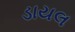
ડાયલ